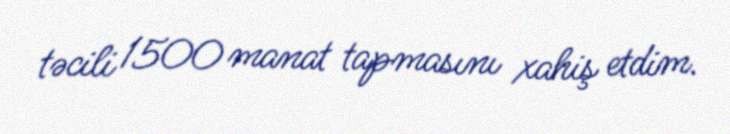
təcili 1500 manat tapmasını xahiş etdim.